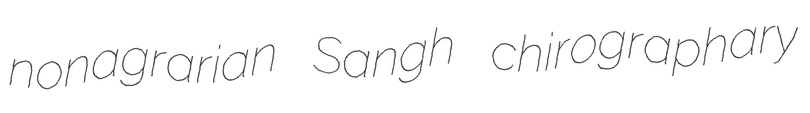
nonagrarian Sangh chirographary